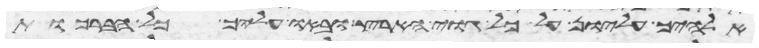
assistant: אלהיך עליון על כל גוי הארץ ובאו עליך כל הברכות